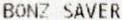
BONZ SAVER